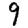
Digit: 9